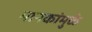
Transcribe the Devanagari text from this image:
मानकांमुळे